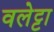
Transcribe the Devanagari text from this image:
वलेट्टा